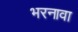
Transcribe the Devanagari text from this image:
भरनावा